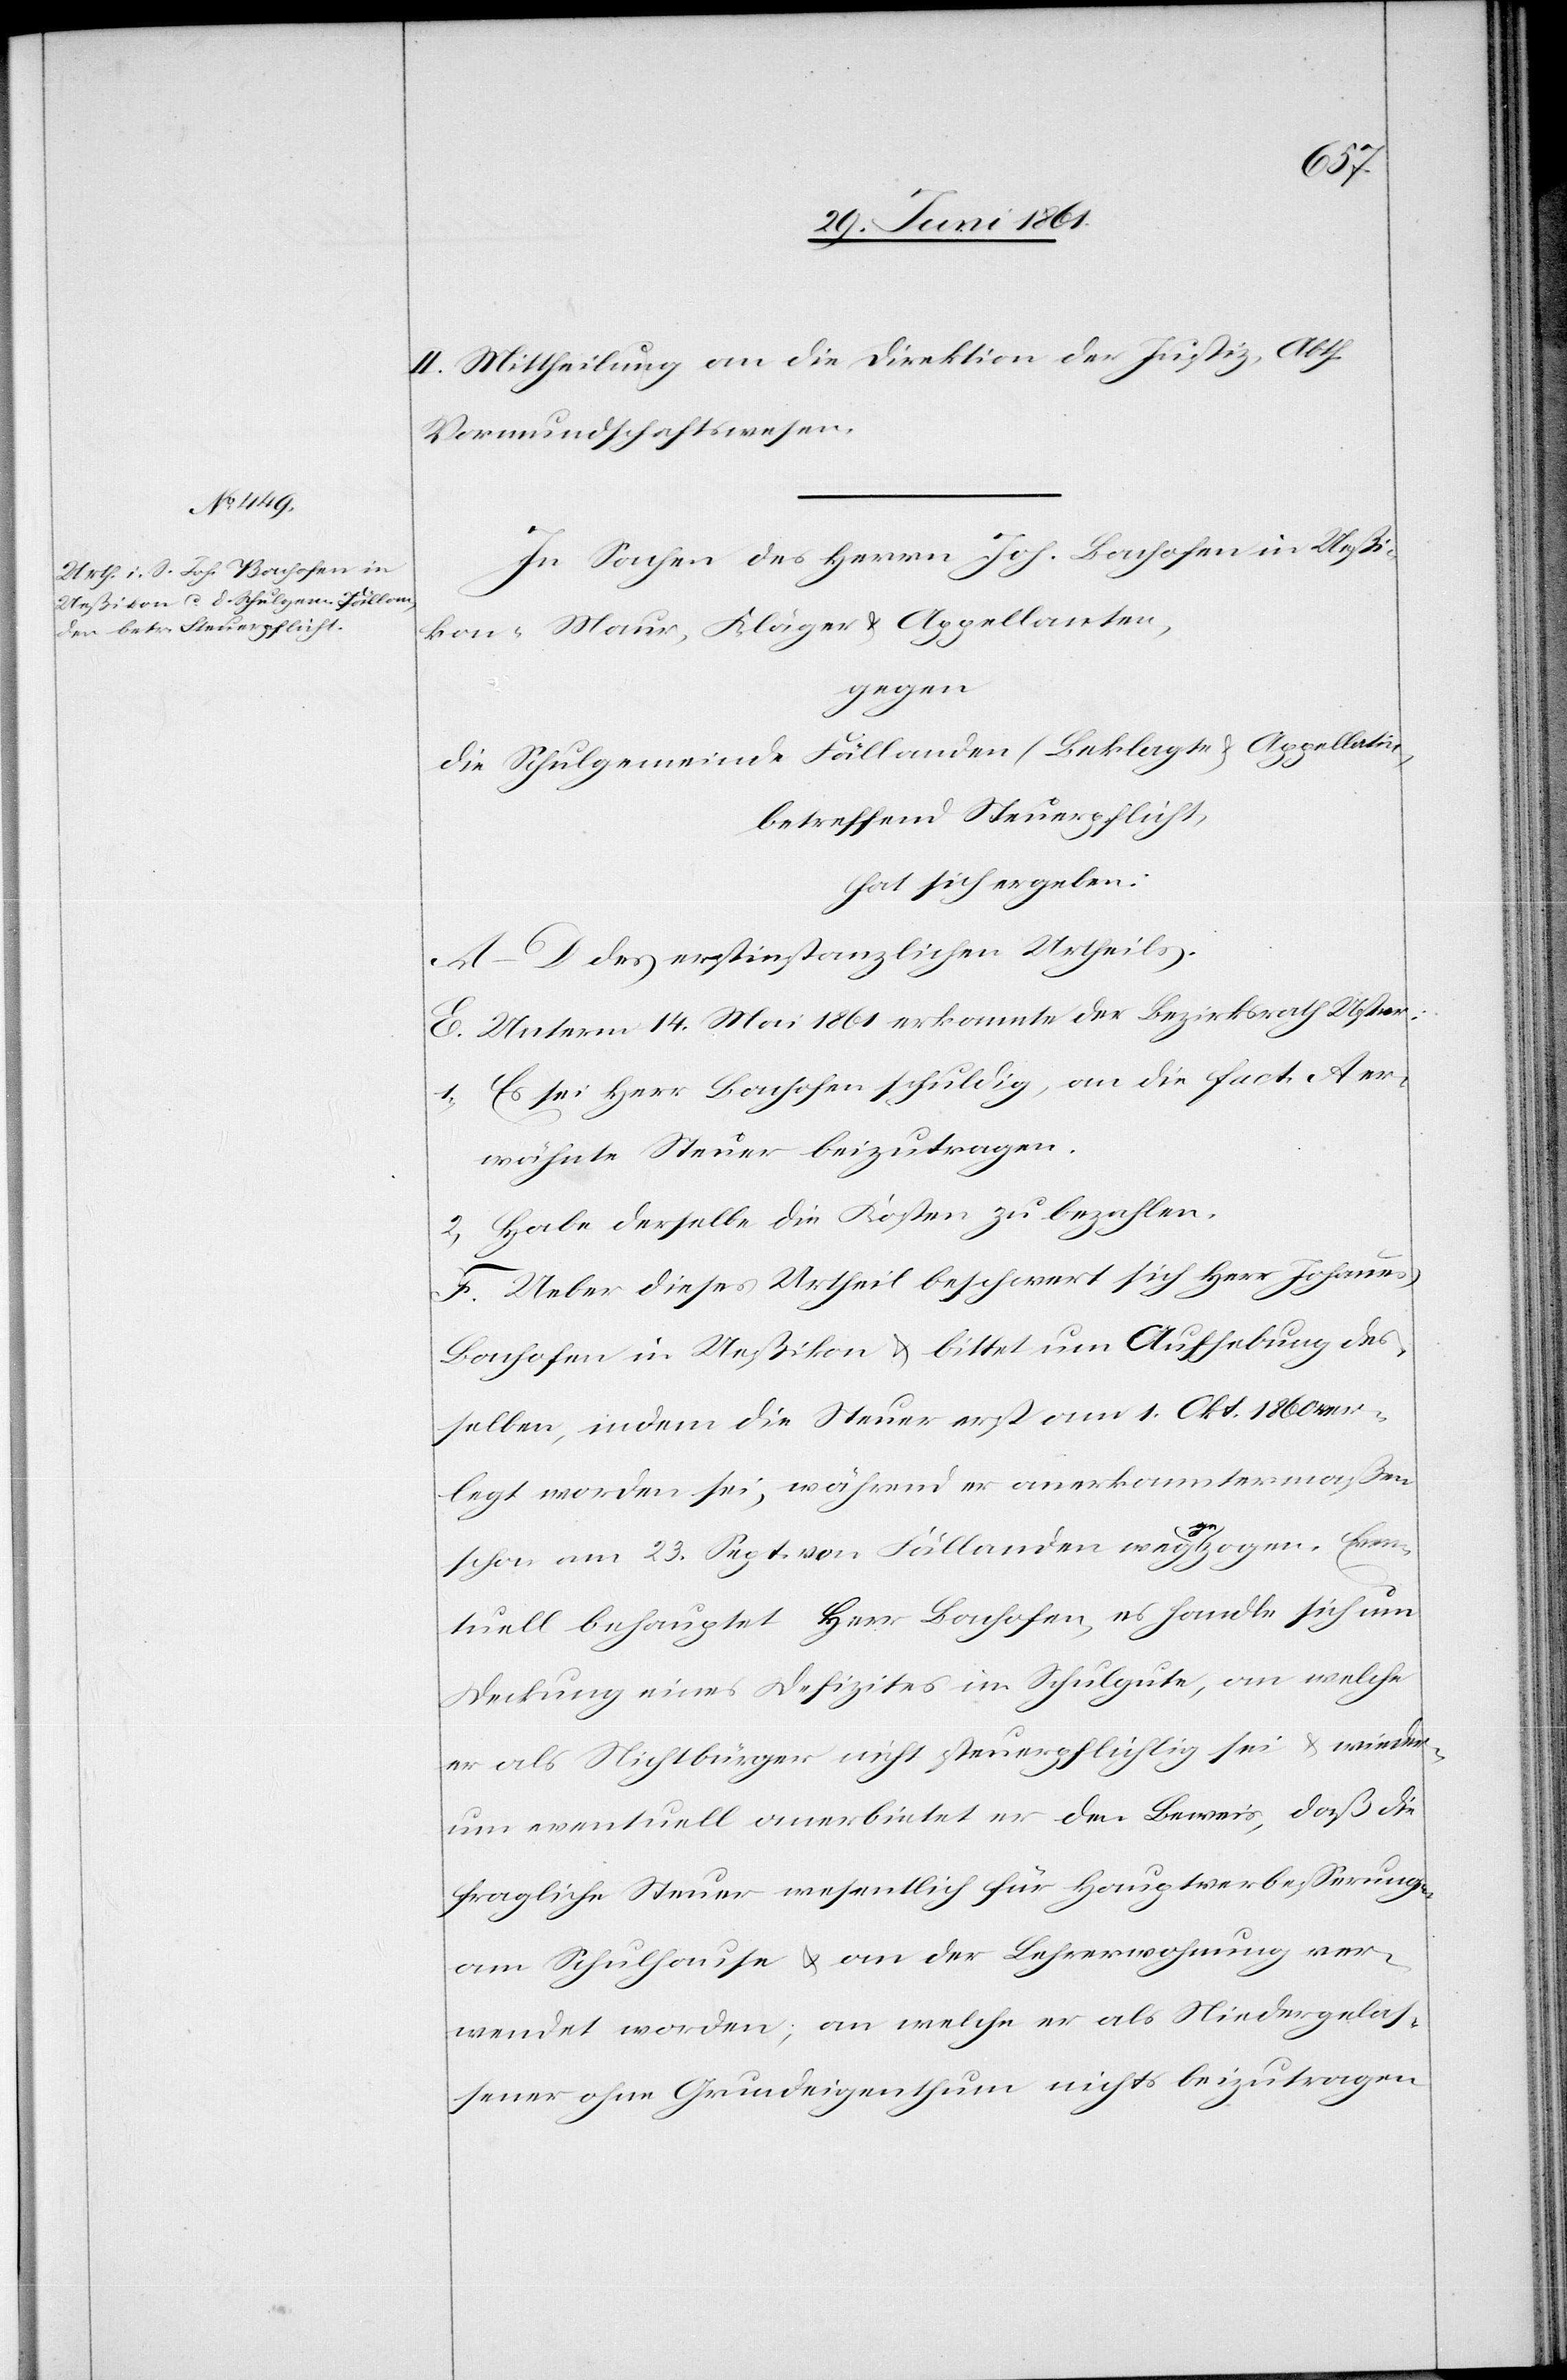
II. Mittheilung an die Direktion der Justiz, Abth.
Vormundschaftswesen.
In Sachen des Herrn Joh. Bachofen in Ueßi¬
kon-Maur, Kläger u. Appellanten,
gegen
die Schulgemeinde Fällanden (Beklagte u. Appellatin[)],
betreffend Steuerpflicht,
hat sich ergeben:
A–D. des erstinstanzlichen Urtheils.
E. Unterm 14. Mai 1861 erkannte der Bezirksrath Uster:
1) Es sei Herr Bachofen schuldig, an die fact. A er¬
wähnte Steuer beizutragen.
2) Habe derselbe die Kosten zu bezahlen.
F. Ueber dieses Urtheil beschwert sich Herr Johannes
Bachofen in Ueßikon u. bittet um Aufhebung des¬
selben, indem die Steuer erst am 1. Okt. 1860 ver¬
legt worden sei, während er anerkanntermaßen
schon am 23. Sept. von Fällanden weggezogen. Even¬
tuell behauptet Herr Bachofen, es handle sich um
Deckung eines Defizites im Schulgute, an welche
er als Nichtbürger nicht steuerpflichtig sei u. wieder¬
um eventuell anerbietet er den Beweis, daß die
fragliche Steuer wesentlich für Hauptverbesserungen
am Schulhause u. an der Lehrerwohnung ver¬
wendet worden, an welche er als Niedergelas¬
sener ohne Grundeigenthum nichts beizutragen